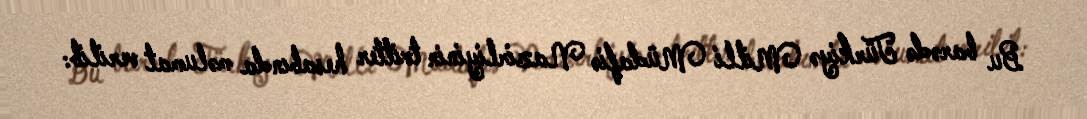
Bu barədə Türkiyə Milli Müdafiə Nazirliyinin tvitter hesabında məlumat verilib: